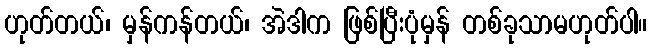
ဟုတ်တယ်၊ မှန်ကန်တယ်၊ အဲဒါက ဖြစ်ပြီးပုံမှန် တစ်ခုသာမဟုတ်ပါ။